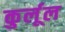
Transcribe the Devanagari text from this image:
कुर्लूल